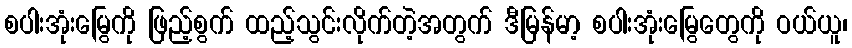
စပါးအုံးမြွေကို ဖြည့်စွက် ထည့်သွင်းလိုက်တဲ့အတွက် ဒီမြန်မာ့ စပါးအုံးမြွေတွေကို ဝယ်ယူ၊